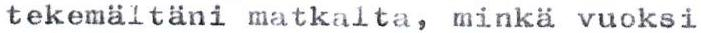
tekemältäni matkalta, minkä vuoksi